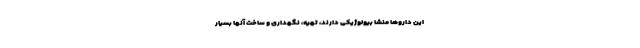
این داروها منشا بیولوژیکی دارند، تهیه، نگهداری و ساخت آنها بسیار